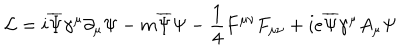
{ \mathcal { L } } = i { \overline { { { \Psi } } } } \gamma ^ { \mu } \partial _ { \mu } \Psi - m { \overline { { { \Psi } } } } \Psi - \frac { 1 } { 4 } F ^ { \mu \nu } F _ { \mu \nu } + i e \overline { { { \Psi } } } { \gamma ^ { \mu } } { A _ { \mu } } { \Psi }